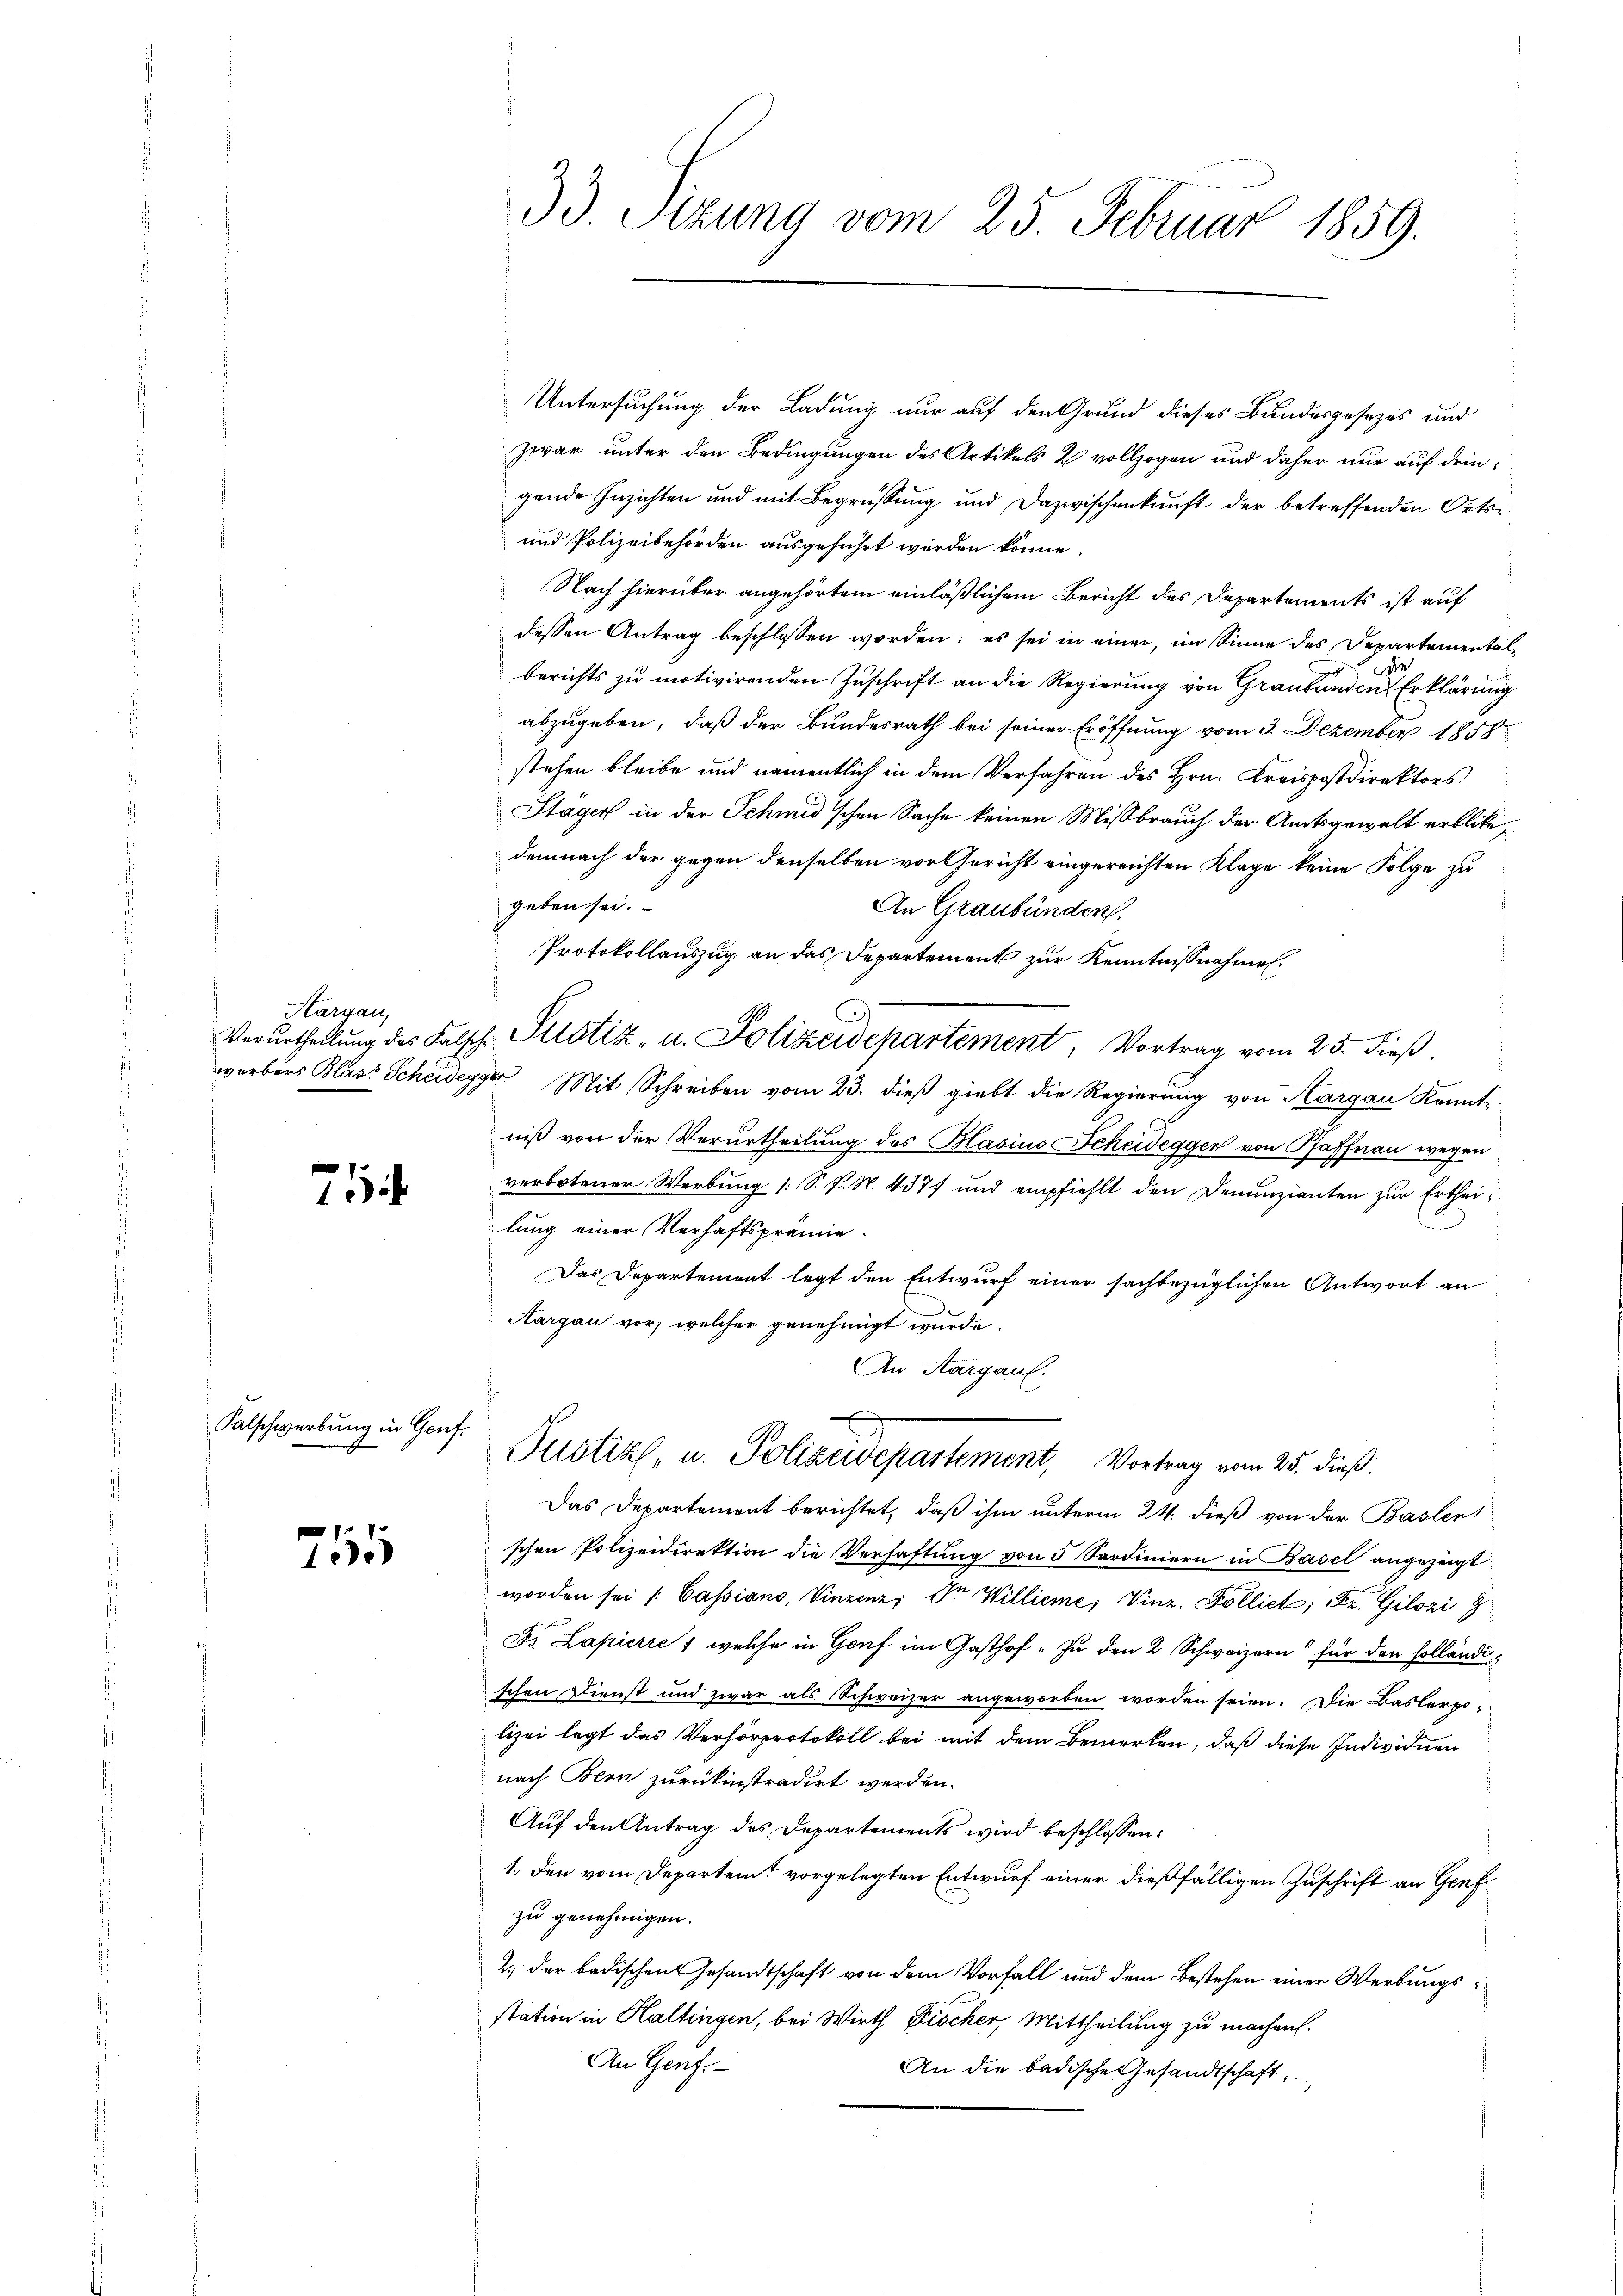
Margau,

7
1

Salschwerbung in Genfs

755

Untersuchung der Ladung nur auf den Grund dieses Bundesgesezes und
zwar unter den Bedingungen des Artikels 2 vollzogen und daher nur auf dringende Inzichten und mit Begrüssung und Dazwischenkunft der betreffenden Orts¬
und Polizeibehörden ausgeführt werden könne.
Nach hierüber angehörtem einläßlichem Bericht des Departements ist auf
dessen Antrag beschlossen worden; es sei in einer, im Sinne des Departemental
e
berichts zu motivirenden Zuschrift an die Regierung von Graubünden Erklärung
abzugeben, daß der Bundesrath bei seiner Eröffnung vom 3. Dezember 1858
stehen bleibe und namentlich in dem Verfahren des Hrn. Kreispostdirektors
Stägen in der Schmid'schen Sache keinen Mißbrauch der Amtsgewalt erblite,
demnach der gegen denselben vor Gericht eingereichten Klage keine Folge zu
geben sei.
An Graubünden.
Protokollauszug an das Departement zur Kenntnißnahmen.
Verurtheilŭng des Falsch Pitstiz- u. Polizeidepartement, Vortrag vom 25. dieß.
werbers Blasi Scheidegger Mit Schreiben vom 23. dieβ giebt die Regierŭng von Kargau Kennt-
niß von der Verurtheilung des Blasius Scheidegger von Pfaffnau wegen
verbotener Werbung (: S. P. N. 4377 und empfiehlt den Denunzianten zur Ertheilung einer Verhaftsprämie¬
Das Departement legt den Entwurf einer sachbezüglichen Antwort an
Aargau vor, welcher genehmigt wurde.
An Aargauf.
Justiz, u. Polizeidepartement, Vortrag vom 25. dieß.
Das Departement berichtet, daß ihm unterm 24. dieß von der Basler
schen Polizeidirektion die Verhaftung von 5 Sardiniern in Basel angezeigt
worden sei [Cassiano, Vinzenz, Dr Willieme, Vinz. Polliet; Fr. Gilozi 9
Dr. Lapierre, welche in Genf im Gasthof - In den 2 Schweizern für den Holländischen Dienst und zwar als Schweizer angeworben worden seien. Die Baslerpo-
lizei legt das Verhörprotokoll bei mit dem Bemerken, daß diese Individuen
nach Bern zurükinstradirt werden.
Auf den Antrag des Departements wird beschlossen:
1. den vom Departem vorgelegten Entwurf einer dießfälligen Zuschrift an Genf
zu genehmigen.
2.) der badischens Gesandtschaft von dem Vorfall und dem Bestehen einer Werbungsstation in Haltingen, bei Wirth Fischer, Mittheilung zu machen.
An Genf.
An die badische Gesandtschaft

33. Sizung vom 25. Februar 1859.